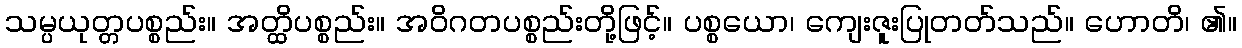
သမ္ပယုတ္တပစ္စည်း။ အတ္ထိပစ္စည်း။ အဝိဂတပစ္စည်းတို့ဖြင့်။ ပစ္စယော၊ ကျေးဇူးပြုတတ်သည်။ ဟောတိ၊ ၏။